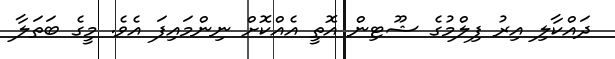
ދައްކާލި އިރު ފިލްމުގެ ޝޫޓިން އޮތީ އެއްކޮށް ނިންމައިފަ އެވެ. މީގެ ބަތަލާ